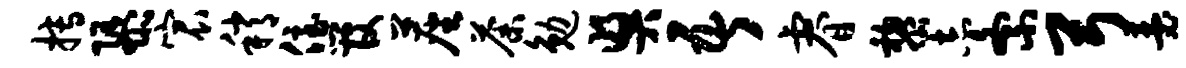
搏隳宸稍侄管尘荼勉奖吾睿黎志紊弓瑟